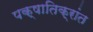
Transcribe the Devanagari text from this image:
पक्षातिक्रांत